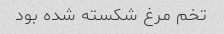
تخم مرغ شکسته شده بود